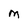
Character: M